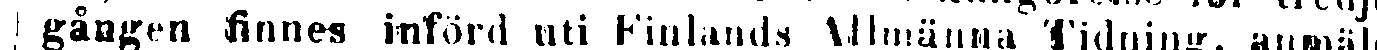
gången finnes införd uti Finlands Allmänna Tidning, anmäla